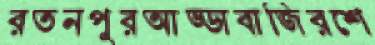
রতনপুরআড্ডাবাজিরশে